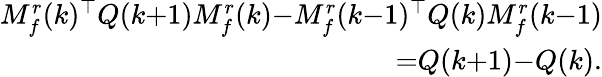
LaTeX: \begin{array}{r}{M_{f}^{r}(k)^{\top}Q(k{+}1)M_{f}^{r}(k){-}M_{f}^{r}(k{-}1)^{\top}Q(k)M_{f}^{r}(k{-}1)}\\ {{=}Q(k{+}1){-}Q(k).}\end{array}